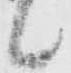
候